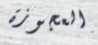
العجوزة